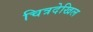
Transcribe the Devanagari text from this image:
चित्रदेखिल